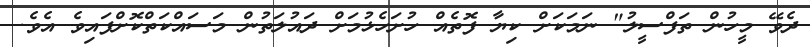
ދެވޭ މީހުން ތަފްސީލު" ނަމަކަށް ކިޔާ ފޮތެއް ހުށަހެޅުމަށް ދައުލަތުން މަސައްކަތްކޮށްފައިވެ އެވެ.